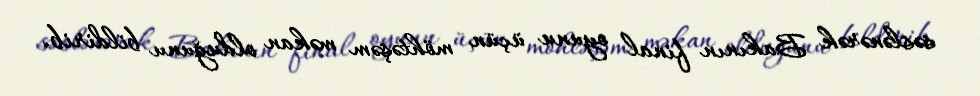
səslənərək Bakının final oyunu üçün möhtəşəm məkan olduğunu bildirib.